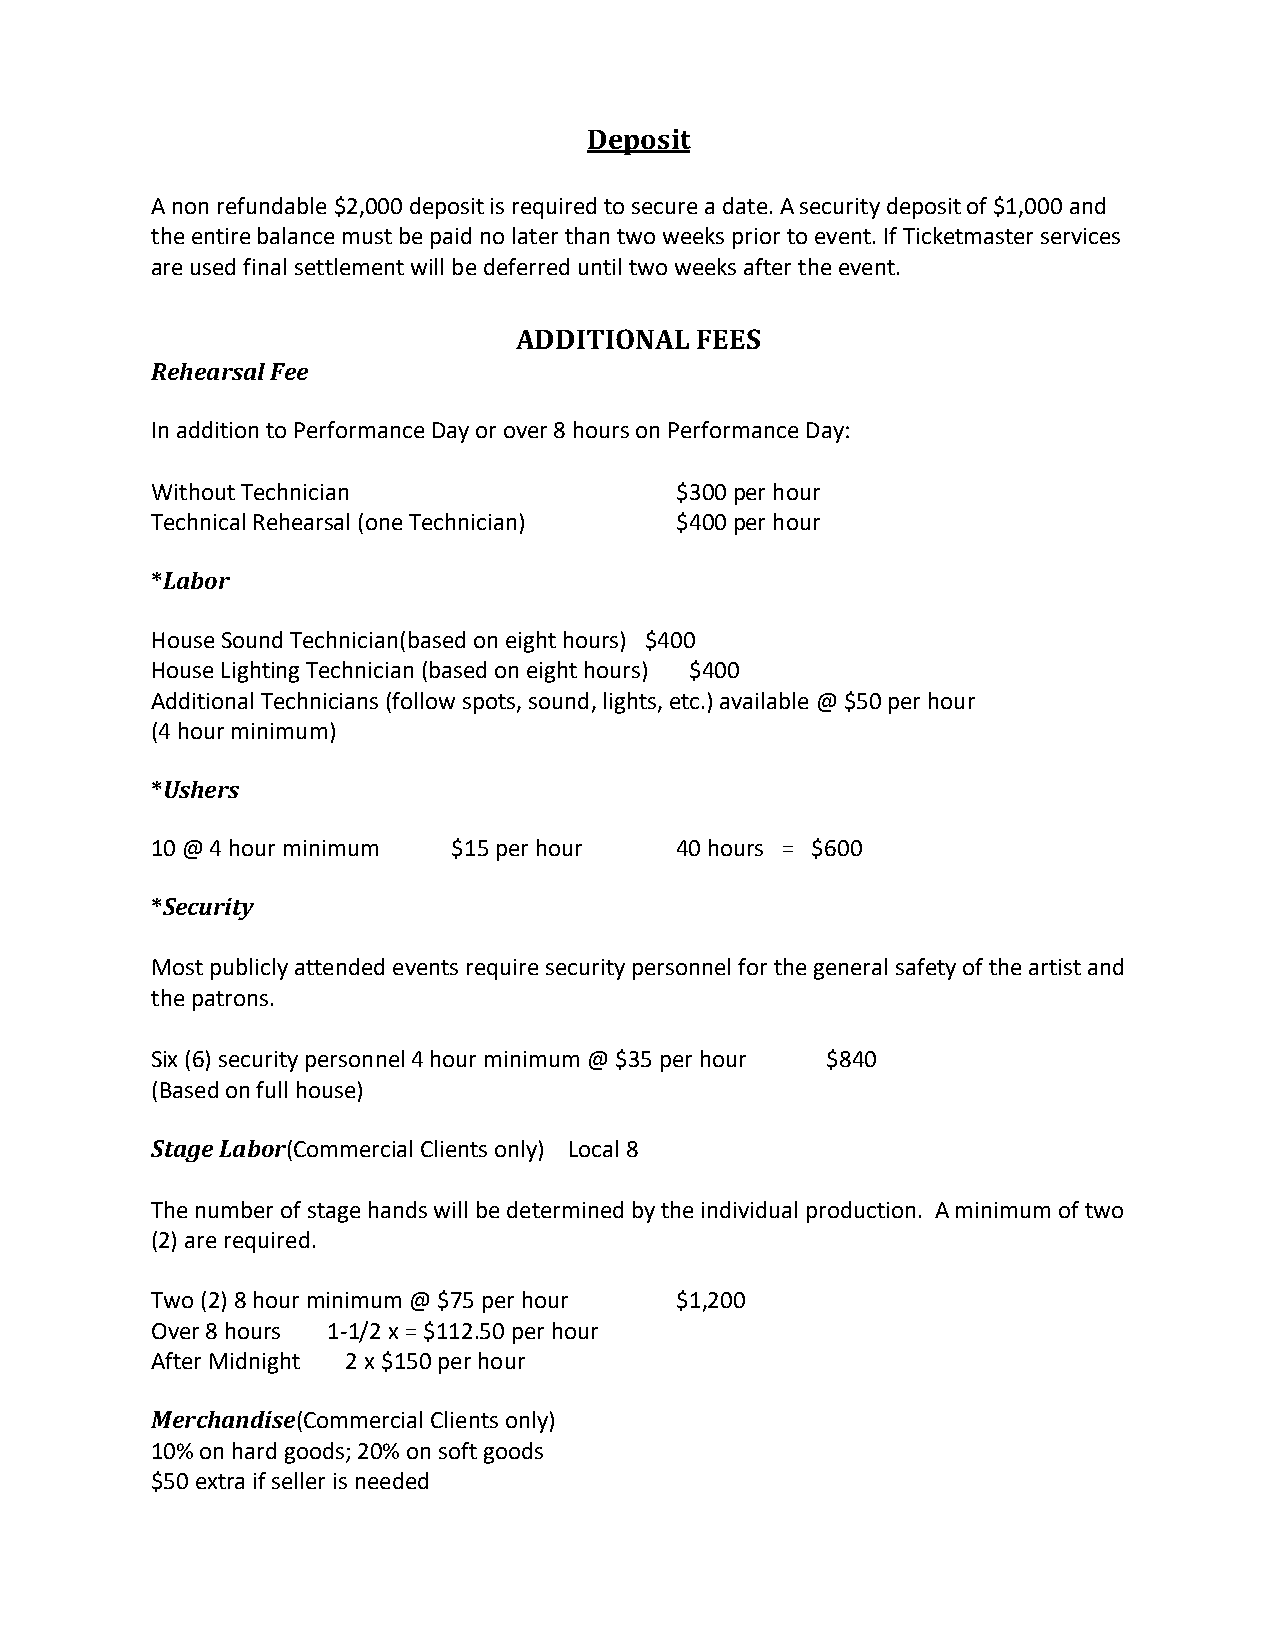
Deposit
 A non refundable $2,000 deposit is required to secure a date. A security deposit of $1,000 and
 the entire balance must be paid no later than two weeks prior to event. If Ticketmaster services
 are used final settlement will be deferred until two weeks after the event.
 ADDITIONAL  FEES
 Rehearsal Fee
 In addition to Performance Day or over 8 hours on Performance Day:
 Without Technician                 $300 per hour
 Technical Rehearsal (one Technician) $400 per hour
 *Labor
 House Sound Technician(based on eight hours) $400
 House Lighting Technician (based on eight hours) $400
 Additional Technicians (follow spots, sound, lights, etc.) available @ $50 per hour
 (4 hour minimum)
 *Ushers
 10 @ 4 hour minimum $15 per hour   40 hours = $600
 *Security
 Most publicly attended events require security personnel for the general safety of the artist and
 the patrons.
 Six (6) security personnel 4 hour minimum @ $35 per hour $840
 (Based on full house)
 Stage Labor(Commercial Clients only) Local 8
 The number of stage hands will be determined by the individual production. A minimum of two
 (2) are required.
 Two (2) 8 hour minimum @ $75 per hour $1,200
 Over 8 hours 1-1/2 x = $112.50 per hour
 After Midnight 2 x $150 per hour
 Merchandise(Commercial Clients only)
 10% on hard goods; 20% on soft goods
 $50 extra if seller is needed